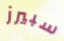
سبيرز